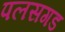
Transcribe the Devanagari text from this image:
पलसगड